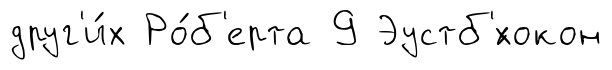
друг'и́х Ро́б'ерта 9 Эустб'́хокон